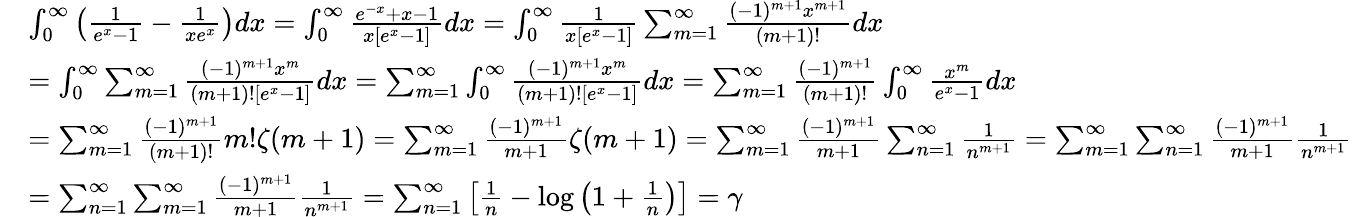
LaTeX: {\begin{array}{rl}&{\int_{0}^{\infty}\left({\frac{1}{e^{x}-1}}-{\frac{1}{xe^{x}}}\right)dx=\int_{0}^{\infty}{\frac{e^{-x}+x-1}{x[e^{x}-1]}}dx=\int_{0}^{\infty}{\frac{1}{x[e^{x}-1]}}\sum_{m=1}^{\infty}{\frac{(-1)^{m+1}x^{m+1}}{(m+1)!}}dx}\\ &{=\int_{0}^{\infty}\sum_{m=1}^{\infty}{\frac{(-1)^{m+1}x^{m}}{(m+1)![e^{x}-1]}}dx=\sum_{m=1}^{\infty}\int_{0}^{\infty}{\frac{(-1)^{m+1}x^{m}}{(m+1)![e^{x}-1]}}dx=\sum_{m=1}^{\infty}{\frac{(-1)^{m+1}}{(m+1)!}}\int_{0}^{\infty}{\frac{x^{m}}{e^{x}-1}}dx}\\ &{=\sum_{m=1}^{\infty}{\frac{(-1)^{m+1}}{(m+1)!}}m!\zeta(m+1)=\sum_{m=1}^{\infty}{\frac{(-1)^{m+1}}{m+1}}\zeta(m+1)=\sum_{m=1}^{\infty}{\frac{(-1)^{m+1}}{m+1}}\sum_{n=1}^{\infty}{\frac{1}{n^{m+1}}}=\sum_{m=1}^{\infty}\sum_{n=1}^{\infty}{\frac{(-1)^{m+1}}{m+1}}{\frac{1}{n^{m+1}}}}\\ &{=\sum_{n=1}^{\infty}\sum_{m=1}^{\infty}{\frac{(-1)^{m+1}}{m+1}}{\frac{1}{n^{m+1}}}=\sum_{n=1}^{\infty}\left[{\frac{1}{n}}-\log\left(1+{\frac{1}{n}}\right)\right]=\gamma}\end{array}}